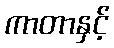
ကာတာနှင့်